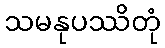
သမနုပဿိတုံ